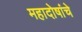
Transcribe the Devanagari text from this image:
महादोषांचे